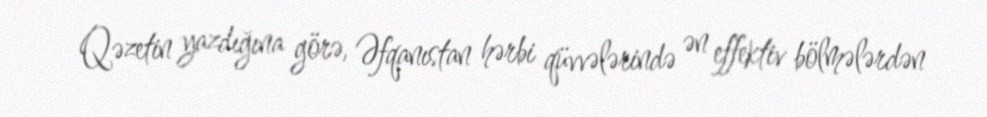
Qəzetin yazdığına görə, Əfqanıstan hərbi qüvvələrində ən effektiv bölmələrdən